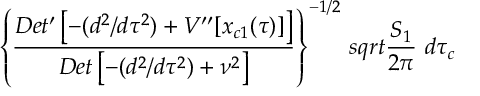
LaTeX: \left\{ { \frac { D e t ^ { \prime } \left[ - ( d ^ { 2 } / d \tau ^ { 2 } ) + V ^ { \prime \prime } [ x _ { c 1 } ( \tau ) ] \right] } { D e t \left[ - ( d ^ { 2 } / d \tau ^ { 2 } ) + \nu ^ { 2 } \right] } } \right\} ^ { - 1 / 2 } \, s q r t { { \frac { S _ { 1 } } { 2 \pi } } } \ d \tau _ { c }